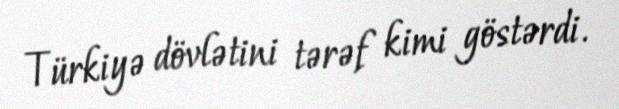
Türkiyə dövlətini tərəf kimi göstərdi.